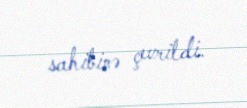
sahibinə çevrildi.